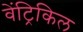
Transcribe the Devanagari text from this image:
वेंट्रिकिल